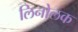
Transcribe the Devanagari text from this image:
लिनोलक